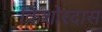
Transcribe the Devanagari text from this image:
किशोरदास